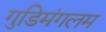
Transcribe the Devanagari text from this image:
गुडिमंगलम